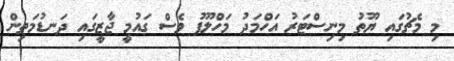
މި މެޗުގައި ޔޫތު މިނިސްޓަރު އަހްމަދު މަހްލޫފު ވެސް ގައުމީ ޖާޒީގައި ދަނޑުމަތިން